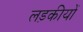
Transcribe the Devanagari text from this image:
लड़कीयों